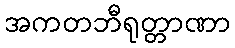
အကတဘီရုတ္တာဏာ